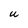
Character: U